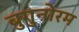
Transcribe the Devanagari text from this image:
बुगुनोरम